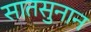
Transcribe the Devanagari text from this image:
सातसुनान